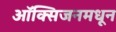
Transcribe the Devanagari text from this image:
ऑक्सिजनमधून